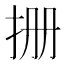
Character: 𪭪